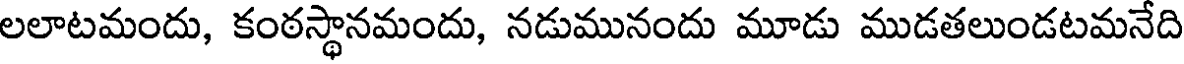
లలాటమందు, కంఠస్థానమందు, నడుమునందు మూడు ముడతలుండటమనేది